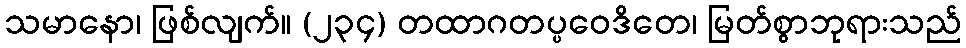
သမာနော၊ ဖြစ်လျက်။ (၂၃၄) တထာဂတပ္ပဝေဒိတေ၊ မြတ်စွာဘုရားသည်